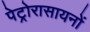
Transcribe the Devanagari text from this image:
पेट्रोरासायनों